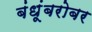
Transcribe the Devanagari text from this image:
बंधूंबरोबर